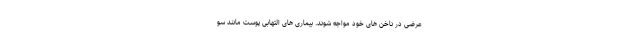
عرضی در ناخن های خود مواجه شوند. بیماری های التهابی پوست مانند سو